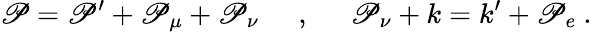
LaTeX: \mathscr{P}=\mathscr{P}^{\prime}+\mathscr{P}_{\mu}+\mathscr{P}_{\nu}\phantom{abc},\phantom{abc}\mathscr{P}_{\nu}+k=k^{\prime}+\mathscr{P}_{e}\ .